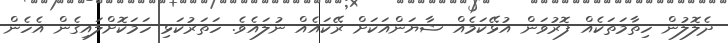
ދެލޮލުން ހިތާމަތަކެއް ފޮރުވަން އުޅޭކަމެއް ޝާޔަންއަކަށް ރޭކައެއް ނުލައެވެ. ހަތަރުކަޅި ހަމަކޮށްލައިގެން އެހެން